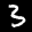
Label: 3